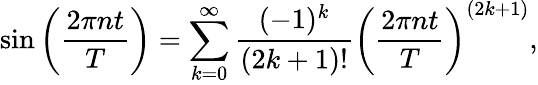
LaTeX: \sin{\bigg(\frac{2\pi nt}{T}}\bigg)=\sum_{k=0}^{\infty}\frac{(-1)^{k}}{(2k+1)!}\bigg(\frac{2\pi nt}{T}\bigg)^{(2k+1)},